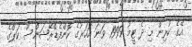
އޭގެ ކުރިން މި ދެ ޓީމު 1999 ވަނަ އަހަރުގެ ކޮންފެޑްރޭޝަންސް ކަޕްގެ